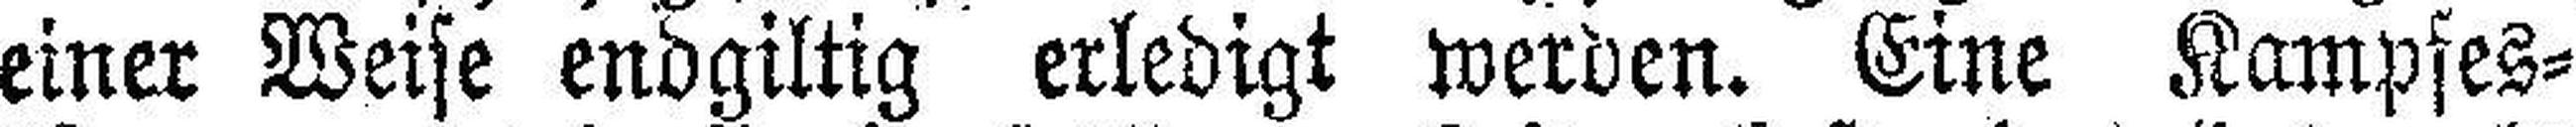
einer Weise endgiltig erledigt werden. Eine Kampfes¬